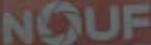
NOUF